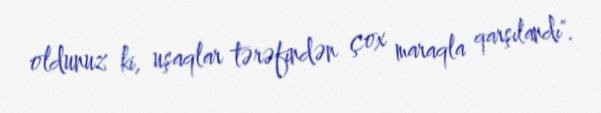
oldunuz ki, uşaqlar tərəfindən çox maraqla qarşılandı".